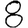
Digit: 8